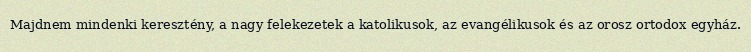
Majdnem mindenki keresztény, a nagy felekezetek a katolikusok, az evangélikusok és az orosz ortodox egyház.